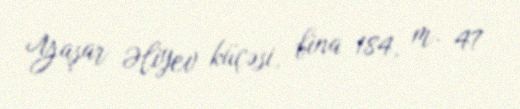
Yaşar Əliyev küçəsi, bina 184, m. 47